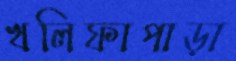
খলিফাপাড়া